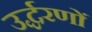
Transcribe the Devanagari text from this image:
उर्द्धरणों